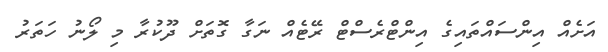
އަށެއް އިންސައްތައިގެ އިންޓްރެސްޓް ރޭޓެއް ނަގާ ގޮތަށް ދޫކުރާ މި ލޯނު ހަތަރު